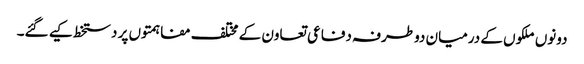
دونوں ملکوں کے درمیان دوطرفہ دفاعی تعاون کے مختلف مفاہمتوں پر دستخط کیے گئے۔